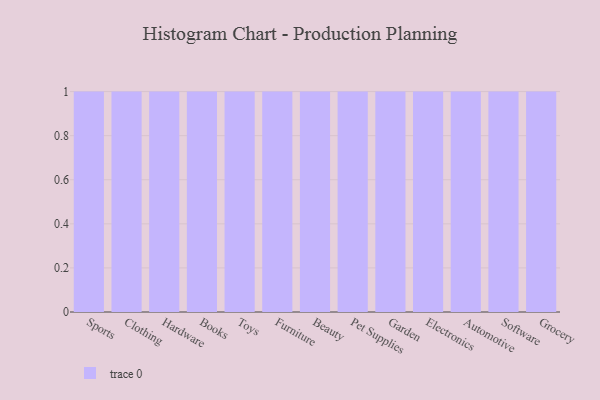
{"axis": {"x": "Category", "y": "Active Users"}, "legend": [""], "data": [{"x": "Sports", "y": 76, "type": ""}, {"x": "Clothing", "y": 99, "type": ""}, {"x": "Hardware", "y": 38, "type": ""}, {"x": "Books", "y": 41, "type": ""}, {"x": "Toys", "y": 51, "type": ""}, {"x": "Furniture", "y": 3, "type": ""}, {"x": "Beauty", "y": 14, "type": ""}, {"x": "Pet Supplies", "y": 84, "type": ""}, {"x": "Garden", "y": 68, "type": ""}, {"x": "Electronics", "y": 38, "type": ""}, {"x": "Automotive", "y": 71, "type": ""}, {"x": "Software", "y": 72, "type": ""}, {"x": "Grocery", "y": 75, "type": ""}]}